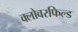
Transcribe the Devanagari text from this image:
क्लोवरफिल्ड